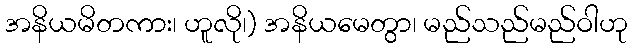
အနိယမိတကား၊ ဟူလို၊) အနိယမေတွာ၊ မည်သည်မည်ဝါဟု